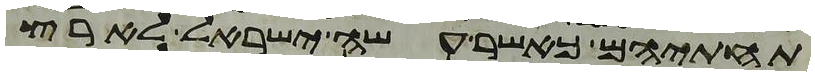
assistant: תחתיהם כאשר עשה ישראל לארץ